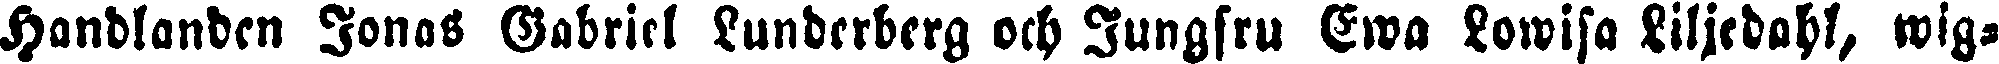
Handlanden Jonas Gabriel Lunderberg och Jungfru Ewa Lowisa Liljedahl, wig-